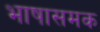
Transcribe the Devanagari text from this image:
भाषासमक